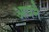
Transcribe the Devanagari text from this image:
आपनै